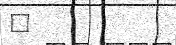
٩